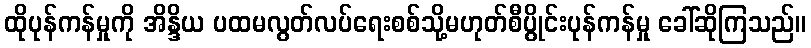
ထိုပုန်ကန်မှုကို အိန္ဒိယ ပထမလွတ်လပ်ရေးစစ်သို့မဟုတ်စီပွိုင်းပုန်ကန်မှု ခေါ်ဆိုကြသည်။